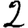
Digit: 2